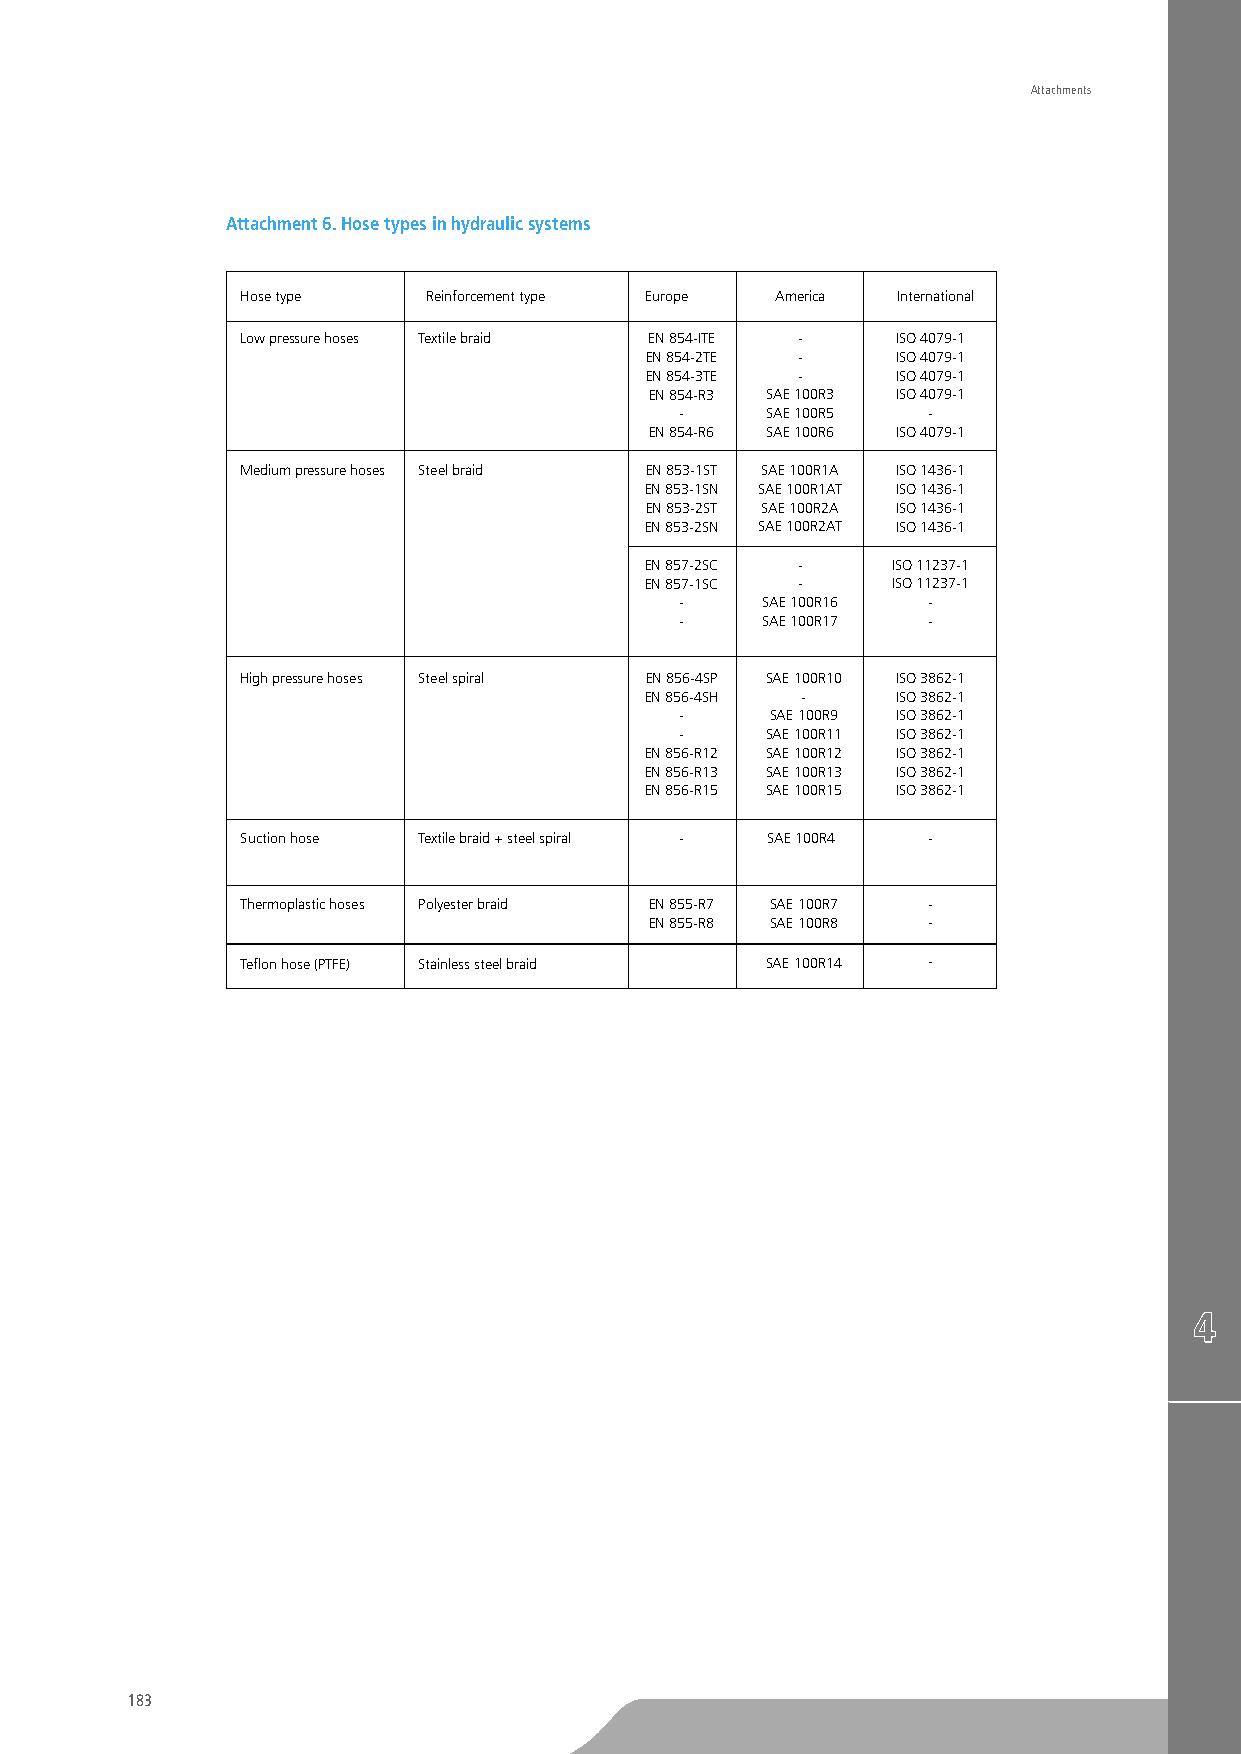
Attachments
 Attachment 6. Hose types in hydraulic systems
 Hose type   Reinforcement type Europe America International
 Low pressure hoses Textile braid EN 854-ITE - ISO 4079-1
 EN 854-2TE -    ISO 4079-1
 EN 854-3TE -    ISO 4079-1
 EN 854-R3 SAE 100R3 ISO 4079-1
 -     SAE 100R5 -
 EN 854-R6 SAE 100R6 ISO 4079-1
 Medium pressure hoses Steel braid EN 853-1ST SAE 100R1A ISO 1436-1
 EN 853-1SN SAE 100R1AT ISO 1436-1
 EN 853-2ST SAE 100R2A ISO 1436-1
 EN 853-2SN SAE 100R2AT ISO 1436-1
 EN 857-2SC -    ISO 11237-1
 EN 857-1SC -    ISO 11237-1
 -    SAE 100R16 -
 -    SAE 100R17 -
 High pressure hoses Steel spiral EN 856-4SP SAE 100R10 ISO 3862-1
 EN 856-4SH -    ISO 3862-1
 -     SAE 100R9 ISO 3862-1
 -     SAE 100R11 ISO 3862-1
 EN 856-R12 SAE 100R12 ISO 3862-1
 EN 856-R13 SAE 100R13 ISO 3862-1
 EN 856-R15 SAE 100R15 ISO 3862-1
 Suction hose Textile braid + steel spiral - SAE 100R4 -
 Thermoplastic hoses Polyester braid EN 855-R7 SAE 100R7 -
 EN 855-R8 SAE 100R8 -
 Teflon hose (PTFE) Stainless steel braid SAE 100R14 -
 183
 TO
 BE
 CUTTED
 OFF